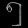
Digit: ၅